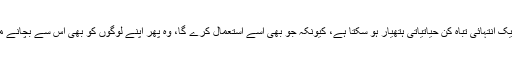
انہوں نے کہا کہ یہ ایک انتہائی تباہ کن حیاتیاتی ہتھیار ہو سکتا ہے، کیونکہ جو بھی اسے استعمال کرے گا، وہ پھر اپنے لوگوں کو بھی اس سے بچانے میں ناکام ہو جائے گا۔